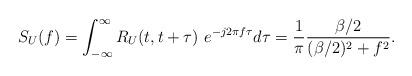
LaTeX: \begin{align*}S_U(f)= \int_{-\infty }^{\infty} R_U(t,t+\tau) \ e^{-j 2\pi f \tau} d\tau= \frac{1}{\pi} \frac{\beta/2}{(\beta/2)^2+ f^2}.\end{align*}